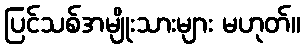
ပြင်သစ်အမျိုးသားများ မဟုတ်။